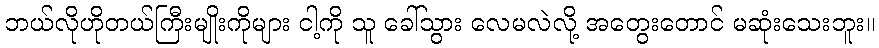
ဘယ်လိုဟိုတယ်ကြီးမျိုးကိုများ ငါ့ကို သူ ခေါ်သွား လေမလဲလို့ အတွေးတောင် မဆုံးသေးဘူး။